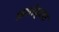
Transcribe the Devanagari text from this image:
अमांड्ला